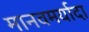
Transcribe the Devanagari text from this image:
मानवमर्यादा